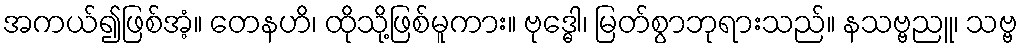
အကယ်၍ဖြစ်အံ့။ တေနဟိ၊ ထိုသို့ဖြစ်မူကား။ ဗုဒ္ဓေါ၊ မြတ်စွာဘုရားသည်။ နသဗ္ဗညူ၊ သဗ္ဗ